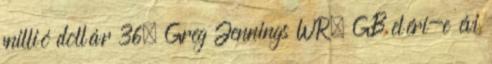
millió dollár 36. Greg Jennings WR, GB eléri-e évi